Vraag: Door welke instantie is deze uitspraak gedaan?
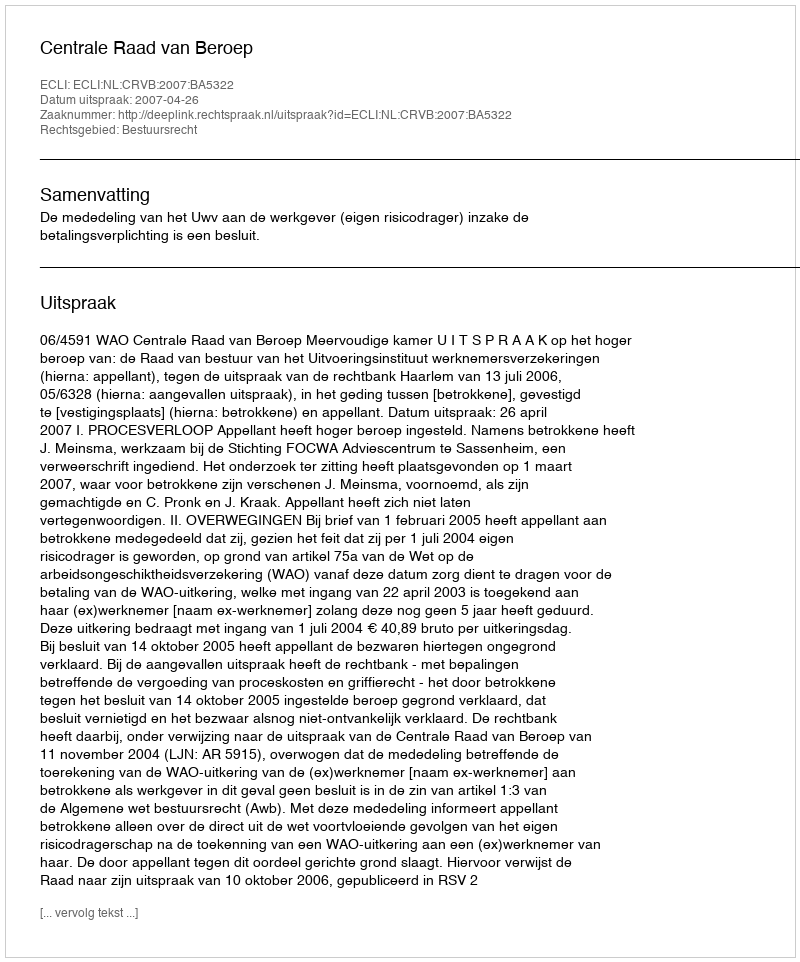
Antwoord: Centrale Raad van Beroep